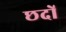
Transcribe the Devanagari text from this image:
छदों